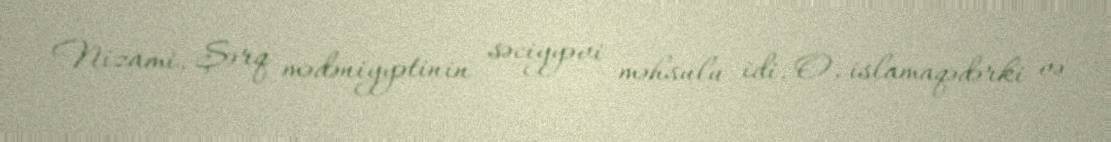
Nizami, Şərq mədəniyyətinin səciyyəvi məhsulu idi. O, islamaqədərki və